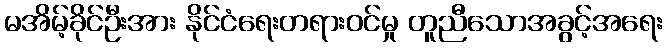
မအိမ့်ခိုင်ဦးအား နိုင်ငံရေးတရားဝင်မှု တူညီသောအခွင့်အရေး